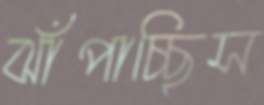
ঝাঁপাচ্ছিস